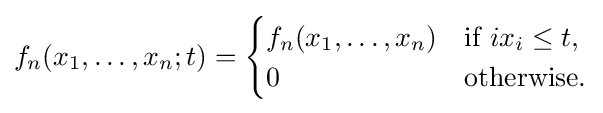
f_{n}(x_{1},\ldots ,x_{n};t)={\begin{cases}f_{n}(x_{1},\ldots ,x_{n})&{\text{if }}ix_{i}\leq t,\\0&{\text{otherwise}}.\end{cases}}